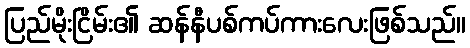
ပြည်မိုးငြိမ်း၏ ဆန်နီပစ်ကပ်ကားလေးဖြစ်သည်။